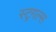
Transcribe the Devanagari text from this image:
स्ट्रगल्स